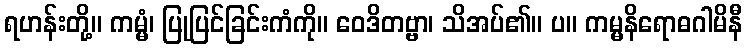
ရဟန်းတို့။ ကမ္မံ၊ ပြုပြင်ခြင်းကံကို။ ဝေဒိတဗ္ဗာ၊ သိအပ်၏။ ပ။ ကမ္မနိရောဓဂါမိနီ